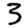
Digit: 3